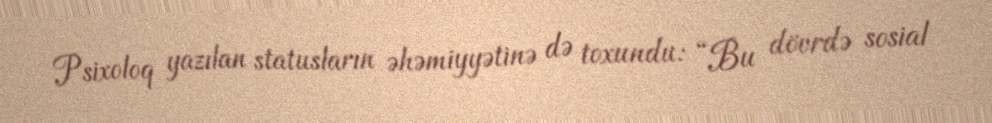
Psixoloq yazılan statusların əhəmiyyətinə də toxundu: “Bu dövrdə sosial